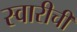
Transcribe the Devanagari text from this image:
स्वारीची